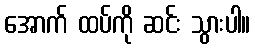
အောက် ထပ်ကို ဆင်း သွားပါ။